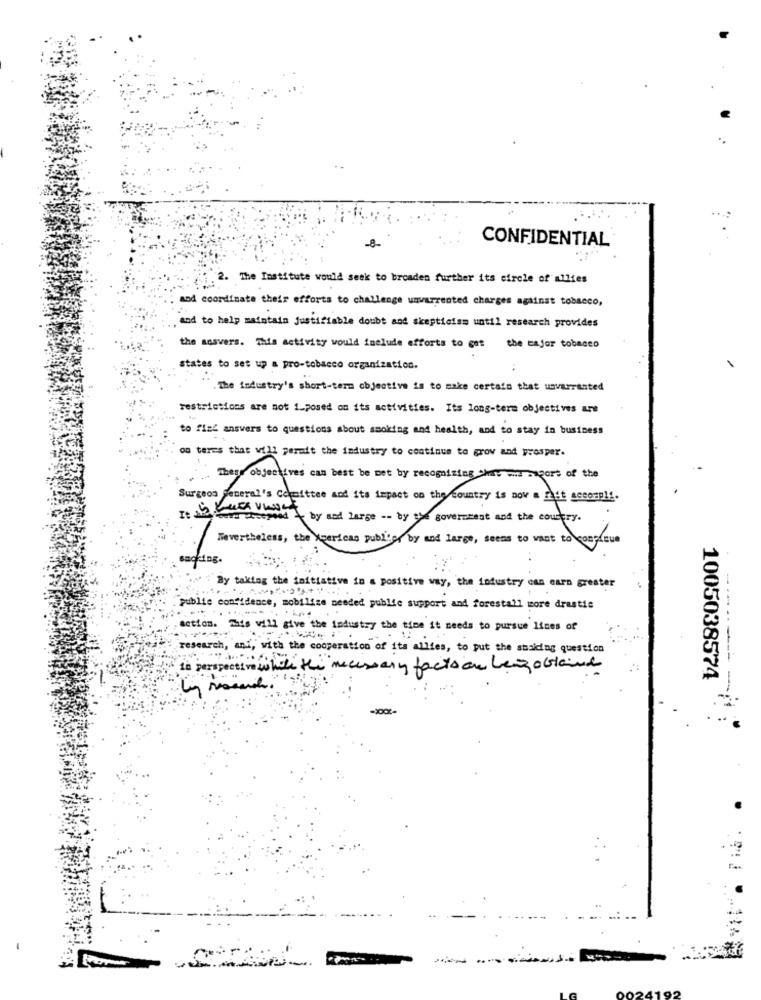
-8-
CONFIDENTIAL
The Institute would seek to broaden further its circle of allies
and coordinate their efforts to challenge unvarrested charges against tobacco,
and to help maintain justifiable doubt and skepticism until research provides
the assvers. This activity would include efforts to get the major tobacco
states to set up a pro-tobacco organization.
The industry's short-term objective is to make certain that unwarranted
restrictions are not 1_posed on its activities. Its long-term objectives are
to fled answers to questions about smoking and health, and to stay in business
on teres that will permit the industry to continue to grov and prosper.
There objectives can best be met by recognizing the mis sagort of the
Surgeon general's Cekmittee and its impact on the country is nov a fast secompl !.
found comepied - by and large -- by the government and the country.
Nevertheless, the Xeericas publier by and large, seems to want to consigue
By taking the initiative in a positive way, the industry can earn greater
publie confidence, mobilize needed public support and forestall more drastic
.....
action. This will give the industry the time it needs to pursue lines of
research, ani, with the cooperation of its allies, to put the staking question
to perspective while the necessary faction Legoland
1005038574
--- -
100